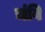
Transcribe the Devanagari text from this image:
चंवि